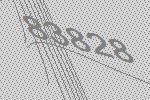
83828